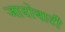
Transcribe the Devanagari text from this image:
जादोबाटी